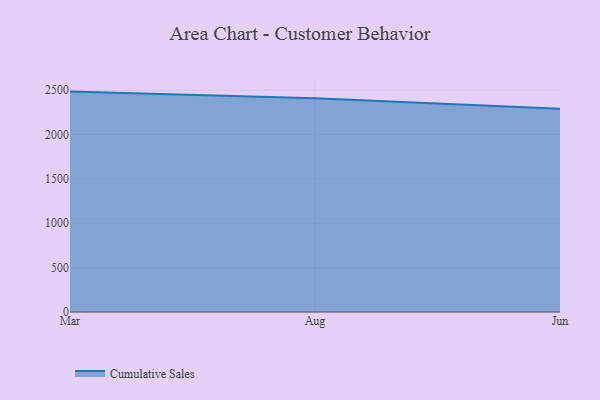
{"axis": {"x": "Month", "y": "Page Views"}, "legend": ["Cumulative Sales"], "data": [{"x": "Mar", "y": 2484.1, "type": "Cumulative Sales"}, {"x": "Aug", "y": 2408.1, "type": "Cumulative Sales"}, {"x": "Jun", "y": 2290.1, "type": "Cumulative Sales"}]}